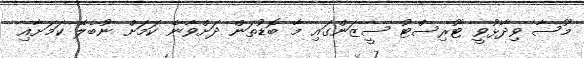
މޫސާ ވިދާޅުވީ ޓޫރިސްޓު ސީޒަންގައި މާ ބޮޑުތަން ދަށްވާނެ ކަމަށް ނުބެލޭ ކަމަށާއި